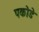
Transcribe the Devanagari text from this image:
पकोडे